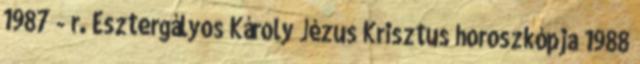
1987 - r. Esztergályos Károly Jézus Krisztus horoszkópja 1988